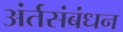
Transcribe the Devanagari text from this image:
अंर्तसंबंधन